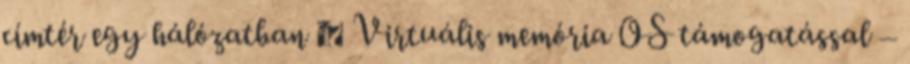
címtér egy hálózatban ● Virtuális memória OS támogatással –